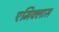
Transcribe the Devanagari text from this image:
एमिक्लास